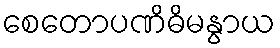
စေတောပဏိဓိမနွာယ